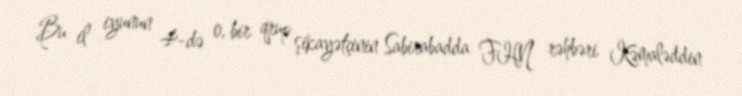
Bu il iyunun 4-də o, bir qrup şikayətçinin Sabirabadda FHN rəhbəri Kəmaləddin